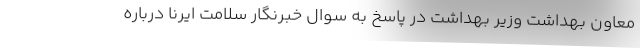
معاون بهداشت وزیر بهداشت در پاسخ به سوال خبرنگار سلامت ایرنا درباره